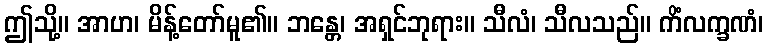
ဤသို့။ အာဟ၊ မိန့်တော်မူ၏။ ဘန္တေ၊ အရှင်ဘုရား။ သီလံ၊ သီလသည်။ ကိံလက္ခဏံ၊